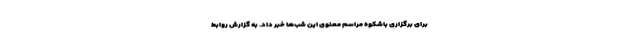
برای برگزاری باشکوه مراسم معنوی این شب‌ها خبر داد. به گزارش روابط